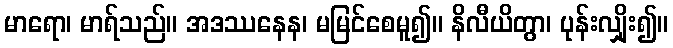
မာရော၊ မာရ်သည်။ အဒဿနေန၊ မမြင်စေမူ၍။ နိလီယိတွာ၊ ပုန်းလျှိုး၍။